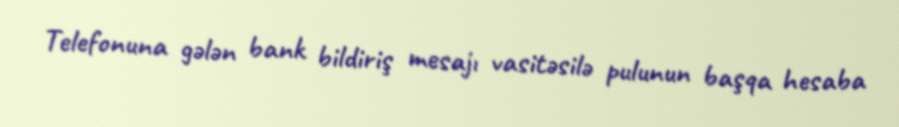
Telefonuna gələn bank bildiriş mesajı vasitəsilə pulunun başqa hesaba